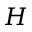
H